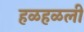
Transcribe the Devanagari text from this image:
हळहळली